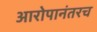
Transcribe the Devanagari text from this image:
आरोपानंतरच